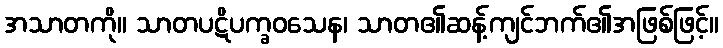
အသာတကို။ သာတပဋိပက္ခဝသေန၊ သာတ၏ဆန့်ကျင်ဘက်၏အဖြစ်ဖြင့်။